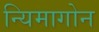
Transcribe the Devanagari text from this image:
न्यिमागोन